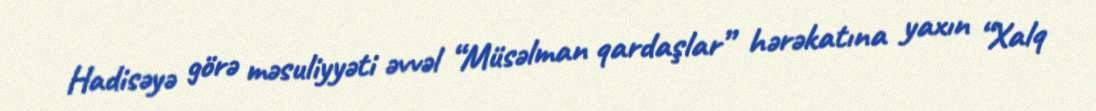
Hadisəyə görə məsuliyyəti əvvəl “Müsəlman qardaşlar” hərəkatına yaxın “Xalq